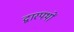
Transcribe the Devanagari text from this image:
द्वारपथों